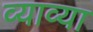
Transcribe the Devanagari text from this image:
व्याव्या